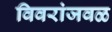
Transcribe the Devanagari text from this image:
विवरांजवळ